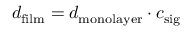
d _ { \mathrm { f i l m } } = d _ { \mathrm { m o n o l a y e r } } \cdot c _ { \mathrm { s i g } }